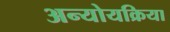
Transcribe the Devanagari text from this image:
अन्योयक्रिया